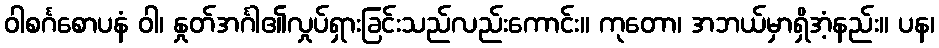
ဝါစင်္ဂစောပနံ ဝါ၊ နှုတ်အင်္ဂါ၏လှုပ်ရှားခြင်းသည်လည်းကောင်း။ ကုတော၊ အဘယ်မှာရှိအံ့နည်း။ ပန၊